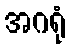
အဂရုံ